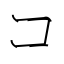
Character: コ